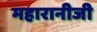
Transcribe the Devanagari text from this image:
महारानीजी